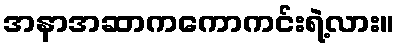
အနာအဆာကကောကင်းရဲ့လား။